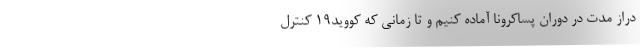
دراز مدت در دوران پساکرونا آماده کنیم و تا زمانی که کووید۱۹ کنترل